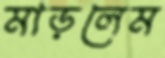
মাড়লেম